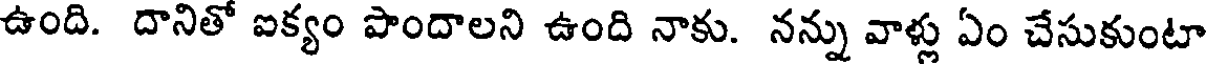
ఉంది. దానితో ఐక్యం పొందాలని ఉంది నాకు. నన్ను వాళ్లు ఏం చేసుకుంటా